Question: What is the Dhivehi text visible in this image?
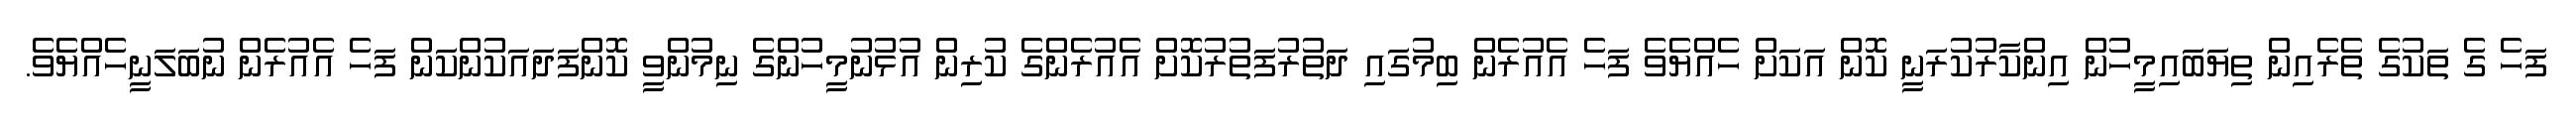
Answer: ފަހެ ގެ ތަކުގެ ތެރެއިން ތިޔަބައިމީހުން އިންކާރުކުރަނީ ކޮން އަކަށް ހެއްޔެވެ ފަހެ އެއުރެން ބިމުގައި ދަތުރުފަތުރުކޮށް އެއުރެންގެ ކުރިން އުޅުނުމީހުންގެ ނިމުންވީ ކޮންފަދައަކުންކަން ފަހެ އެއުރެން ނުބަލަނީހެއްޔެވެ.